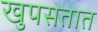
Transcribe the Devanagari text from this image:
खुपसतात